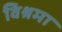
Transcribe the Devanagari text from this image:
विश्रमा